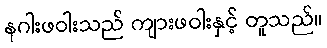
နဂါးဖဝါးသည် ကျားဖဝါးနှင့် တူသည်။